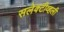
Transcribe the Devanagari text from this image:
सलेक्टीव्हली